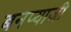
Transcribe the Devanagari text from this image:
बनप्याजी